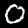
Label: 0